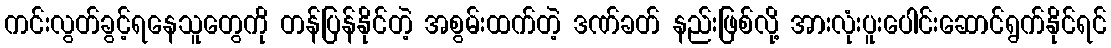
ကင်းလွတ်ခွင့်ရနေသူတွေကို တန်ပြန်နိုင်တဲ့ အစွမ်းထက်တဲ့ ဒဏ်ခတ် နည်းဖြစ်လို့ အားလုံးပူးပေါင်းဆောင်ရွက်နိုင်ရင်